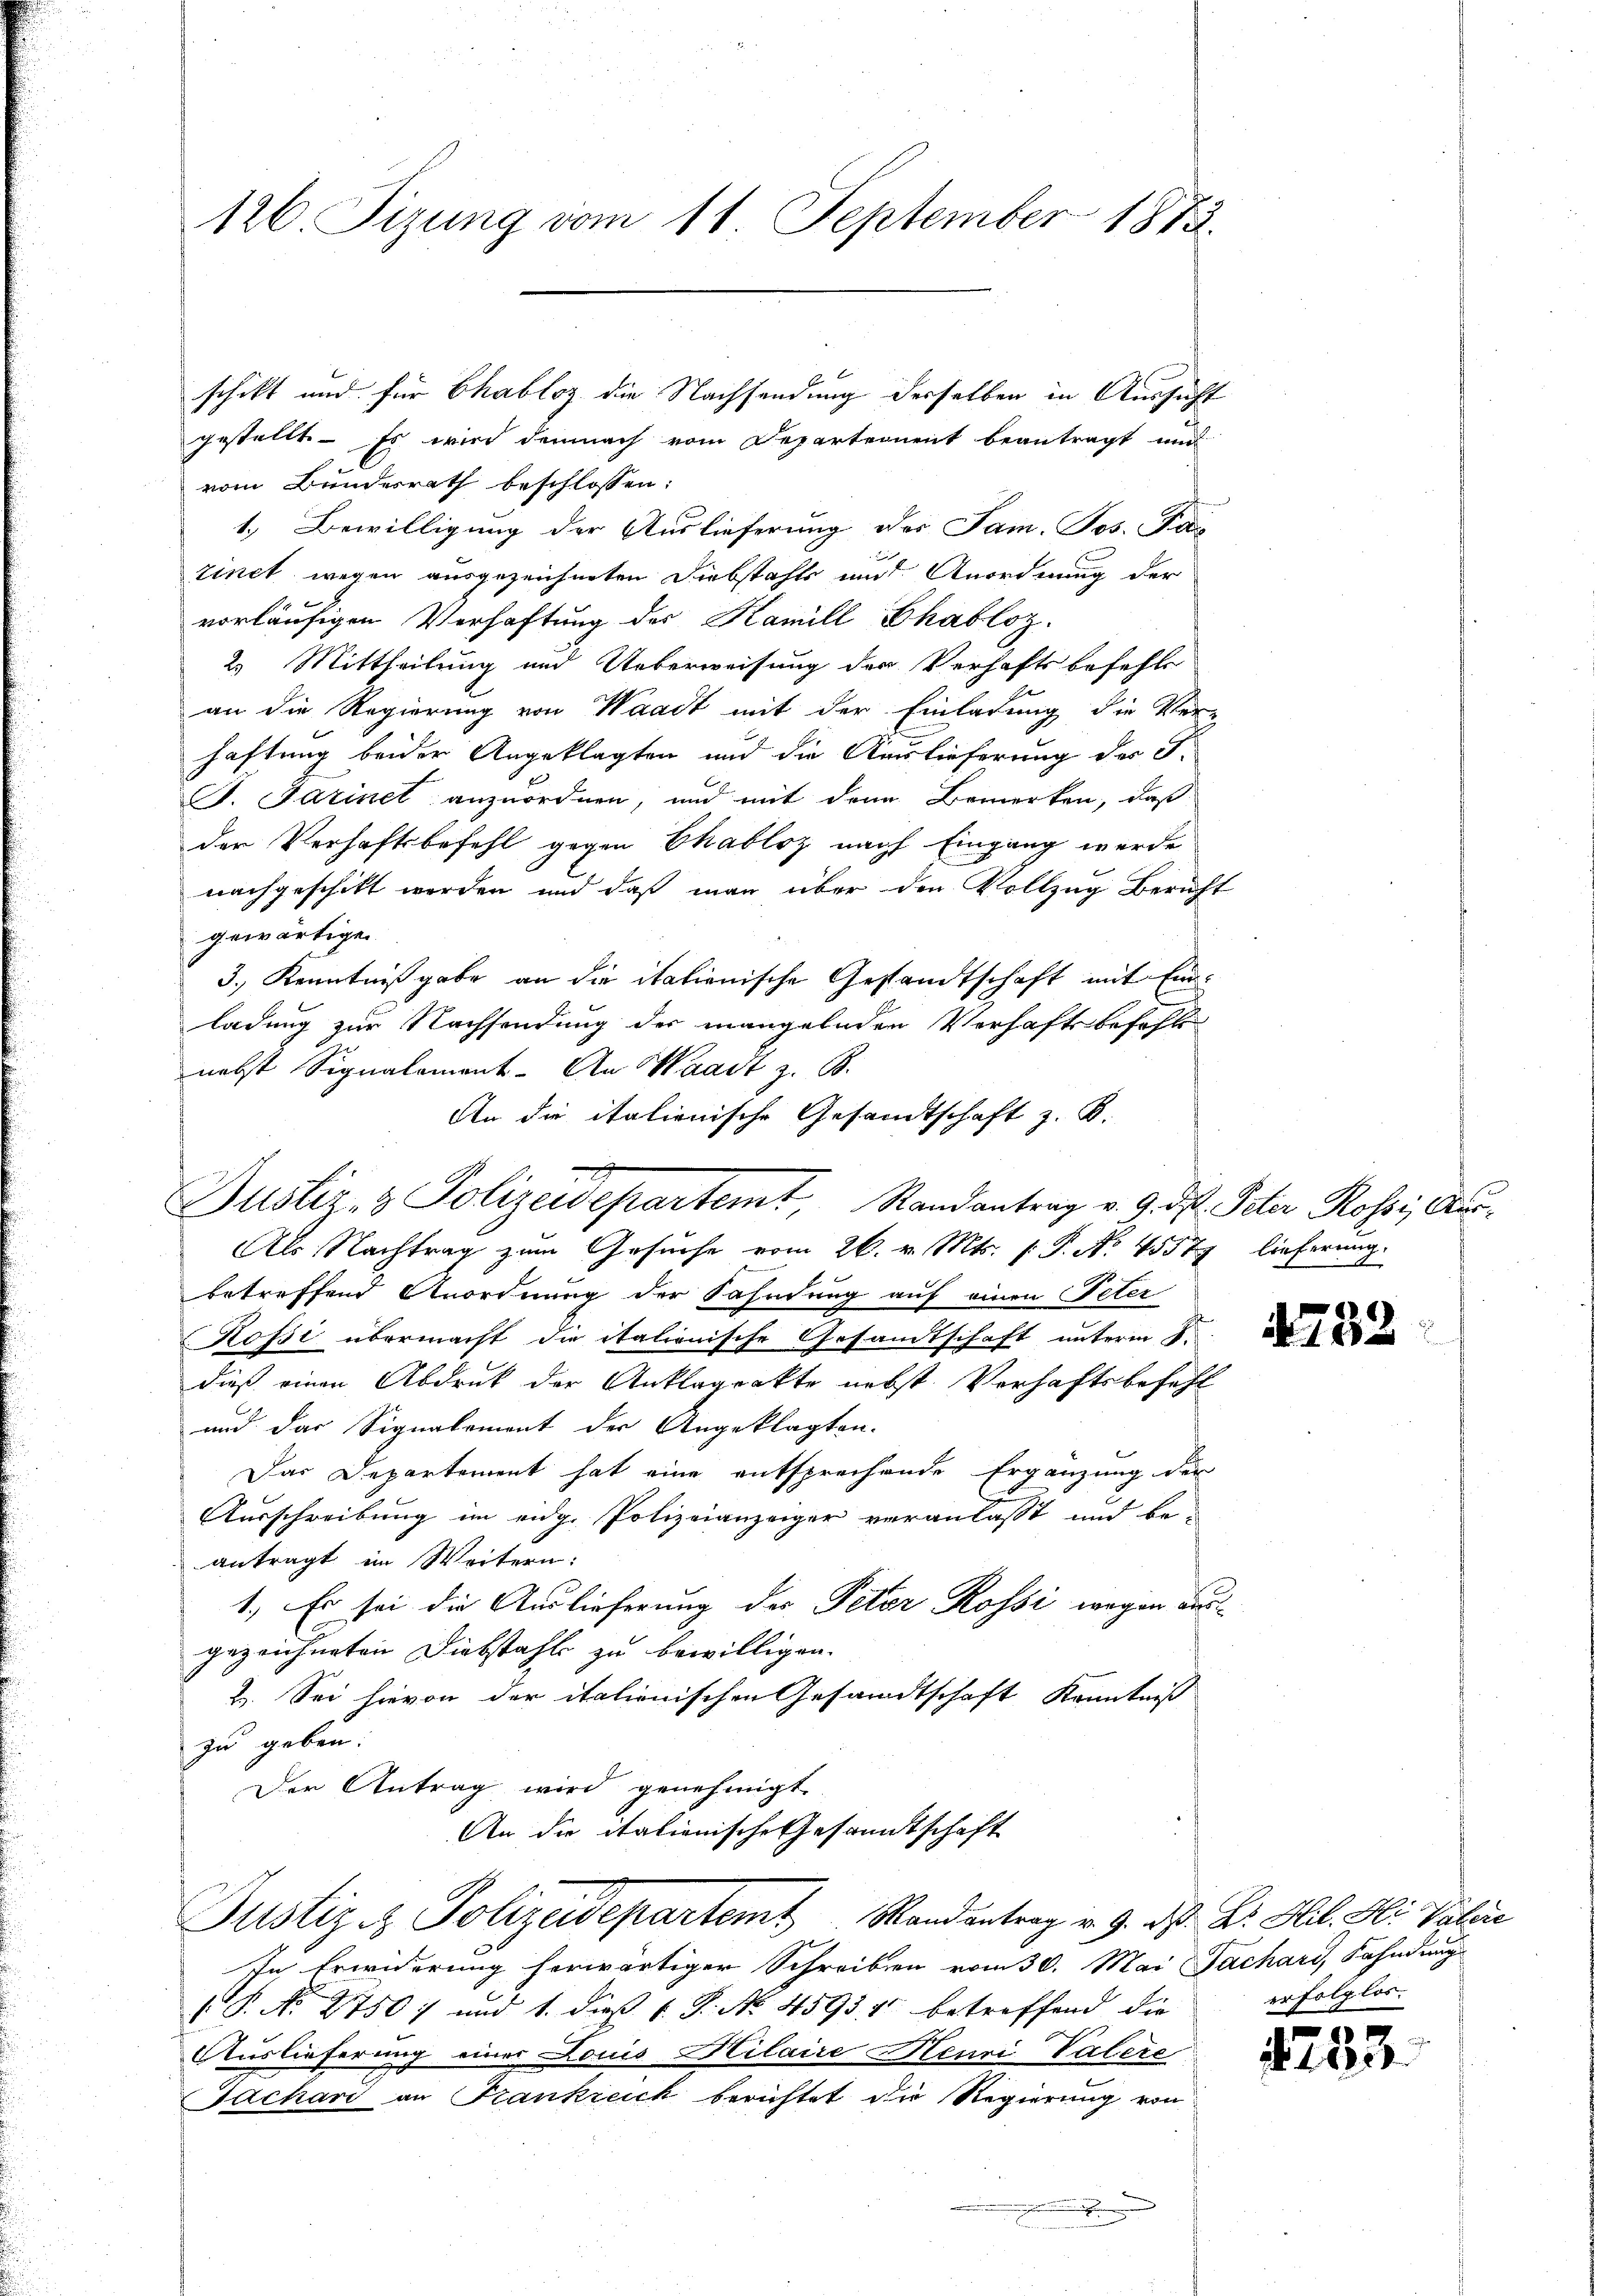
126. Fizung vom 11. September 1873.

gestellt. - Es wird demnach vom Departement beantragt und
vom Bundesrath beschlossen:
1.) Bewilligung der Auslieferung der Jam. Jos. Pas
rinet wegen ausgezeichneten Diebstahls und Anordnung der
vorläufigen Verhaftung der Kamill Chabloz.
2. Mittheilung und Ueberweisung der Verhaftsbefehl
an die Regierung von Waadt mit der Einladung die Ver-
haftung beider Angeklagten und die Auslieferung der J.
P. Farinel anzuordnen, und mit den Bemerken, daß
der Verhaftsbefehl gegen Chabloz nach Eingang werde
nachgeschikt werden und daß man über den Vollzug Beruf
gewärtigen
3.) Kenntnißgabe an die italienische Gestandtschaft mit Einladung zur Nachsendung der mangelnden Verhaftsbefehl
nebst Signalement. An Waadt z. B.
An die italienische Gesandtschaft z. B.
Als Nachtrag zum Gesuche vom 26. v. Mts. f. P. No 4557 lieferung.
betreffend Anordnung der Sahndung auf einen Peter
Kofsi übermacht die italionische Gesandtschaft unterm 8.
dieß einen Abdruk der Anklagrakte nebst Verhaftsbefehl
und das Signalement der Angeklagten.
Das Departement hat eine entsprechende Ergänzung der
Ausschreibung im eidg. Polizeianzeiger veranlasst und beantragt im Weitern:
1. Es sei die Auslieferung der Petar Rossi wegen dies
gezeichneten Diebstahls zu bewilligen.
2. Sei hievon der italienischen Gesandtschaft Kenntniß
zu geben.
Der Antrag wird genehmigt.
An die italienische Gesammtschaft
Justiz & Polizeidepartemt Randantrag v. 9. d. B. Hil. H. Valire
In Erwiderung herwärtiger Schreiben vom 30. Mai Fachari, Fahndung
P. No 2750) und 1. dieß (. P. No. 4593. 1 betreffend die
Auslieferung einer Louis Milaire Henri Valere
Jachari an Frankreich berichtet die Regierung von

Justiz- & Polizeidepartemt, Randantrag v. 9. des Peter Rossi, Aus¬

schikt und für Chabloz die Nachsendung derselben in Aussicht

.

n

l

73.

er folglos.

253.